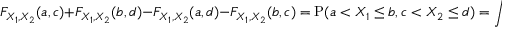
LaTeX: F _ { X _ { 1 } , X _ { 2 } } ( a , c ) + F _ { X _ { 1 } , X _ { 2 } } ( b , d ) - F _ { X _ { 1 } , X _ { 2 } } ( a , d ) - F _ { X _ { 1 } , X _ { 2 } } ( b , c ) = \operatorname { P } ( a < X _ { 1 } \leq b , c < X _ { 2 } \leq d ) = \int . . .